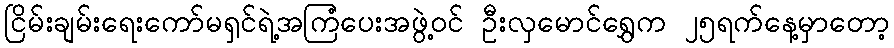
ငြိမ်းချမ်းရေးကော်မရှင်ရဲ့အကြံပေးအဖွဲ့ဝင် ဦးလှမောင်ရွှေက ၂၅ရက်နေ့မှာတော့